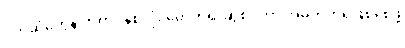
ပိုက်ဆံတွေနဲ့ ကုတင်နှစ်လုံး မှောက်၍ ဆွဲစုပ်ကာ အမှတ်တရဖြစ်စေဖို့